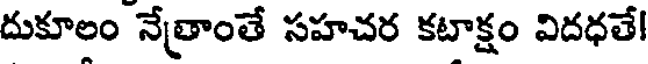
దుకూలం నేత్రాంతే సహచర కటాక్షం విదధతే!